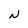
Character: N